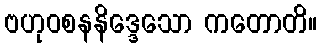
ဗဟုဝစနနိဒ္ဒေသော ကတောတိ။